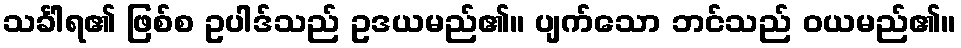
သင်္ခါရ၏ ဖြစ်စ ဥပါဒ်သည် ဥဒယမည်၏။ ပျက်သော ဘင်သည် ဝယမည်၏။